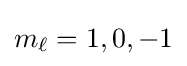
m_{\ell }=1,0,-1